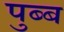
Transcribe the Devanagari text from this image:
पुब्ब